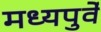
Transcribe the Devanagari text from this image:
मध्यपुर्वे